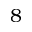
8